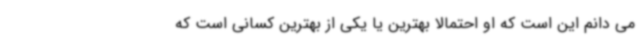
می دانم این است که او احتمالاً بهترین یا یکی از بهترین کسانی است که